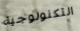
التكنولوجية